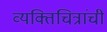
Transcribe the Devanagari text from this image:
व्यक्तिचित्रांची